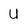
Character: U